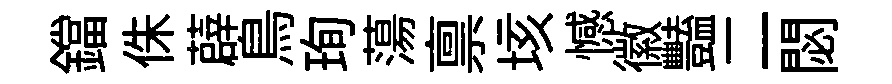
鐺侏薜鳥珣蕩禀垓憾徽豔二閟